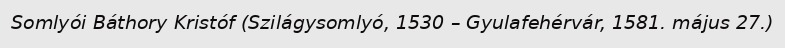
Somlyói Báthory Kristóf (Szilágysomlyó, 1530 – Gyulafehérvár, 1581. május 27.)